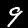
Label: 9